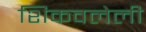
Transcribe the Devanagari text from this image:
शिकवलेली